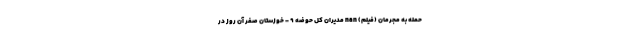
حمله به مجرمان (فیلم) nan مدیران کل حوضه 9 - خوزستان صفر آن روز در